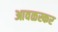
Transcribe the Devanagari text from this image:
आवळस्कर